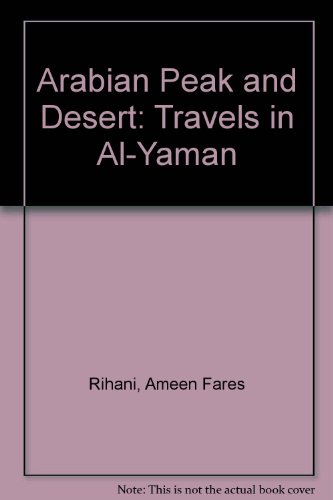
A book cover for Arabian Peak and Desert: Travels in Al-Yaman; Ameen Fares Rihani; Travel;